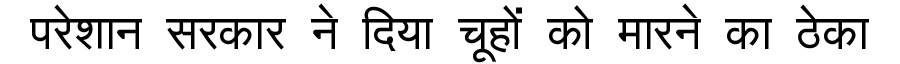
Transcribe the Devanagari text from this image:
परेशान सरकार ने दिया चूहों को मारने का ठेका